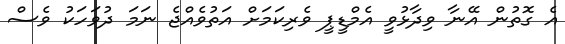
އެ ގޮތުން އޭނާ ވިދާޅުވީ އެމްޑީޕީ ވެރިކަމަށް އަތުވެއްޖެ ނަމަ ދުވަހަކު ވެސް